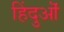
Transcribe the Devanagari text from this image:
हिंदुऒं